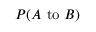
P ( A { \mathrm { ~ t o ~ } } B )